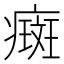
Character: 癍